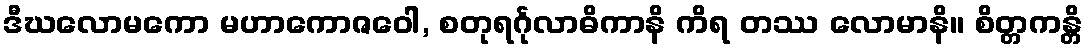
ဒီဃလောမကော မဟာကောဇဝေါ, စတုရင်္ဂုလာဓိကာနိ ကိရ တဿ လောမာနိ။ စိတ္တကန္တိ